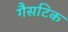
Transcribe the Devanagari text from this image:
गैसटिक